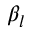
\beta _ { l }